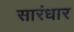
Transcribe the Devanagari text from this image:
सारंधार